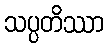
သပ္ပတိဿာ